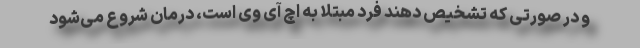
و در صورتی که تشخیص دهند فرد مبتلا به اچ آی وی است، درمان شروع می‌شود